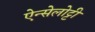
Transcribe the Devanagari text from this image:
ऐन्सेलोट्टी